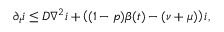
\partial _ { t } i \le D \nabla ^ { 2 } i + \left( ( 1 - p ) \beta ( t ) - ( \nu + \mu ) \right) i ,